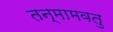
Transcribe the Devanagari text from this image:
तन्मामवतु